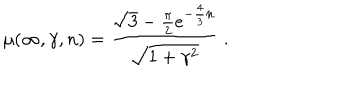
LaTeX: \mu ( \infty , \gamma , n ) = \frac { \sqrt { 3 } - \frac { \pi } { 2 } e ^ { - \frac { 4 } { 3 } n } } { \sqrt { 1 + \gamma ^ { 2 } } } \ .